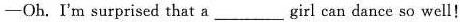
-Oh. I'm surprised that a___girl can dance so well!